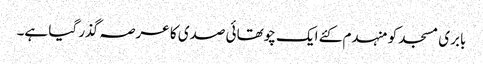
بابری مسجد کو منہدم کئے ایک چوتھائی صدی کا عرصہ گذر گیا ہے۔